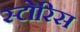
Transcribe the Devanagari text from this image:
स्टोरिस